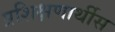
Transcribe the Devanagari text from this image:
प्रशिक्षणार्थीस